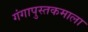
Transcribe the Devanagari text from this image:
गंगापुस्तकमाला